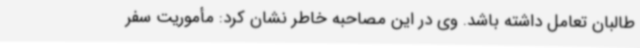
طالبان تعامل داشته باشد. وی در این مصاحبه خاطر نشان کرد: مأموریت سفر